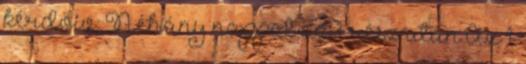
kérdőív: Néhány nappal az 1. rész után Az 1.